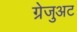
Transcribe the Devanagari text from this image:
ग्रेजुअट